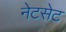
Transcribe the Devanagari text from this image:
नेटसेट